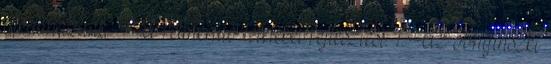
alkalmazunk.  A felmerülő tételeket fejlesztési. 1 Az obnyinszki